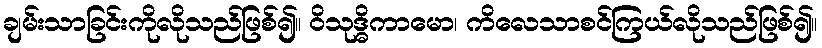
ချမ်းသာခြင်းကိုလိုသည်ဖြစ်၍။ ဝိသုဒ္ဓိကာမော၊ ကိလေသာစင်ကြယ်လိုသည်ဖြစ်၍။